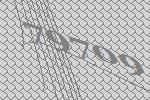
79709